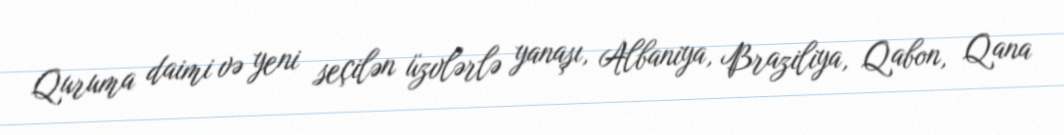
Quruma daimi və yeni seçilən üzvlərlə yanaşı, Albaniya, Braziliya, Qabon, Qana